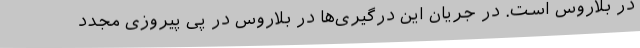
در بلاروس است. در جریان این درگیری‌ها در بلاروس در پی پیروزی مجدد